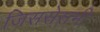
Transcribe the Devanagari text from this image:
जिससेसभी